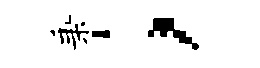
秉；